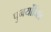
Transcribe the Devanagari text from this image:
पुनर्योजित्र